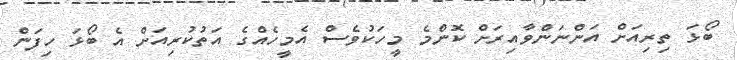
ބޯޅަ ތިރިއަށް އަންނަންވާއިރަށް ކޮންމެ މީހަކުވެސް އެމީހެއްގެ އަތުކުރިއަށް އެ ބޯޅަ ހިފަން